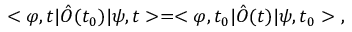
< \varphi , t | \hat { \cal O } ( t _ { 0 } ) | \psi , t > = < \varphi , t _ { 0 } | \hat { \cal O } ( t ) | \psi , t _ { 0 } > \ ,